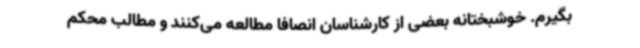
بگیرم. خوشبختانه بعضی از کارشناسان انصافا مطالعه می‌کنند و مطالب محکم